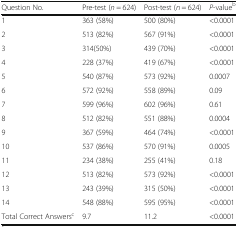
<table><thead><tr><td><b>Question No.</b></td><td><b>Pre-test (<i>n</i> = 624)</b></td><td><b>Post-test (<i>n</i> = 624)</b></td><td><b><i>P</i>-value<sup>b</sup></b></td></tr></thead><tbody><tr><td>1</td><td>363 (58%)</td><td>500 (80%)</td><td>&lt;0.0001</td></tr><tr><td>2</td><td>513 (82%)</td><td>567 (91%)</td><td>&lt;0.0001</td></tr><tr><td>3</td><td>314(50%)</td><td>439 (70%)</td><td>&lt;0.0001</td></tr><tr><td>4</td><td>228 (37%)</td><td>419 (67%)</td><td>&lt;0.0001</td></tr><tr><td>5</td><td>540 (87%)</td><td>573 (92%)</td><td>0.0007</td></tr><tr><td>6</td><td>572 (92%)</td><td>558 (89%)</td><td>0.09</td></tr><tr><td>7</td><td>599 (96%)</td><td>602 (96%)</td><td>0.61</td></tr><tr><td>8</td><td>512 (82%)</td><td>551 (88%)</td><td>0.0004</td></tr><tr><td>9</td><td>367 (59%)</td><td>464 (74%)</td><td>&lt;0.0001</td></tr><tr><td>10</td><td>537 (86%)</td><td>570 (91%)</td><td>0.0005</td></tr><tr><td>11</td><td>234 (38%)</td><td>255 (41%)</td><td>0.18</td></tr><tr><td>12</td><td>513 (82%)</td><td>573 (92%)</td><td>&lt;0.0001</td></tr><tr><td>13</td><td>243 (39%)</td><td>315 (50%)</td><td>&lt;0.0001</td></tr><tr><td>14</td><td>548 (88%)</td><td>595 (95%)</td><td>&lt;0.0001</td></tr><tr><td>Total Correct Answers<sup>c</sup></td><td>9.7</td><td>11.2</td><td>&lt;0.0001</td></tr></tbody></table>